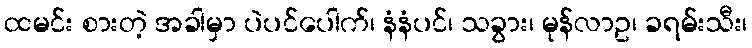
ထမင်း စားတဲ့ အခါမှာ ပဲပင်ပေါက်၊ နံနံပင်၊ သခွား၊ မုန်လာဥ၊ ခရမ်းသီး၊